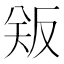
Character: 𪠫